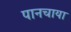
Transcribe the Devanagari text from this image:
पानचाया